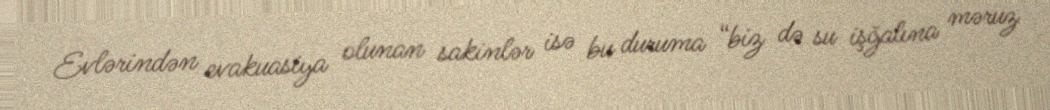
Evlərindən evakuasiya olunan sakinlər isə bu duruma “biz də su işğalına məruz